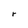
Character: r